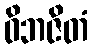
ဝိဘဇိတံ